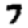
Digit: 7